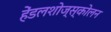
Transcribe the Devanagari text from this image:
हेंडलशोज्स्कोलन